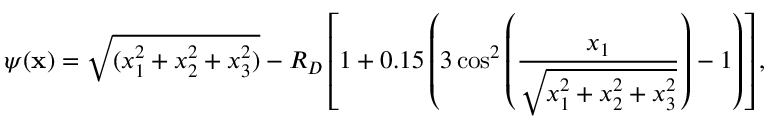
\psi ( \mathbf { x } ) = \sqrt { ( x _ { 1 } ^ { 2 } + x _ { 2 } ^ { 2 } + x _ { 3 } ^ { 2 } ) } - R _ { D } \left[ 1 + 0 . 1 5 \left( 3 \cos ^ { 2 } \left( \frac { x _ { 1 } } { \sqrt { x _ { 1 } ^ { 2 } + x _ { 2 } ^ { 2 } + x _ { 3 } ^ { 2 } } } \right) - 1 \right) \right] ,